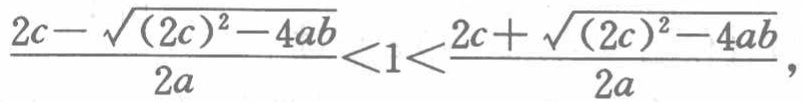
\frac{2c - \sqrt{(2c)^{2} - 4ab}}{2a} < 1 < \frac{2c + \sqrt{(2c)^{2} - 4ab}}{2a},